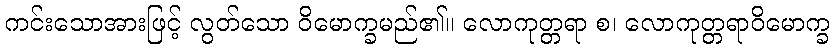
ကင်းသောအားဖြင့် လွတ်သော ဝိမောက္ခမည်၏။ လောကုတ္တရာ စ၊ လောကုတ္တရာဝိမောက္ခ